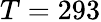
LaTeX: T=293